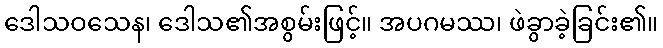
ဒေါသဝသေန၊ ဒေါသ၏အစွမ်းဖြင့်။ အပဂမဿ၊ ဖဲခွာခဲ့ခြင်း၏။